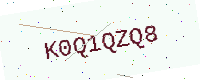
Text: K0Q1QZQ8